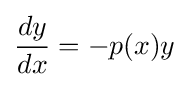
{\frac {dy}{dx}}=-p(x)y